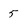
Character: 5